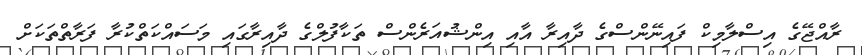
ރާއްޖޭގެ އިސްލާމިކް ފައިނޭންސްގެ ދާއިރާ އާއި އިންޝުއަރެންސް ތަކާފުލްގެ ދާއިރާގައި މަސައްކަތްކުރާ ފަރާތްތަކަށް